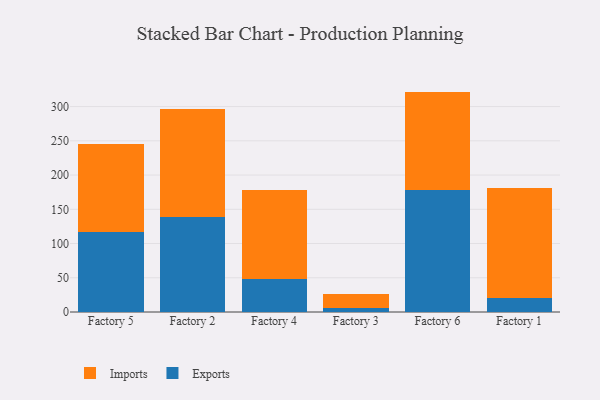
{"axis": {"x": "Factory", "y": "Shipments"}, "legend": ["Exports", "Imports"], "data": [{"x": "Factory 5", "y": 116.4, "type": "Exports"}, {"x": "Factory 5", "y": 128.6, "type": "Imports"}, {"x": "Factory 2", "y": 138.6, "type": "Exports"}, {"x": "Factory 2", "y": 157.9, "type": "Imports"}, {"x": "Factory 4", "y": 47.8, "type": "Exports"}, {"x": "Factory 4", "y": 131.0, "type": "Imports"}, {"x": "Factory 3", "y": 5.6, "type": "Exports"}, {"x": "Factory 3", "y": 20.8, "type": "Imports"}, {"x": "Factory 6", "y": 178.0, "type": "Exports"}, {"x": "Factory 6", "y": 143.9, "type": "Imports"}, {"x": "Factory 1", "y": 20.4, "type": "Exports"}, {"x": "Factory 1", "y": 160.2, "type": "Imports"}]}